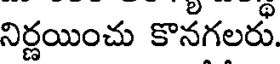
నిర్ణయించు కొనగలరు.